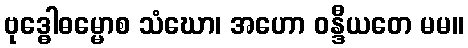
ဗုဒ္ဓေါဓမ္မောစ သံဃော၊ အဟော ဝန္ဒီယတေ မမ။